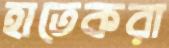
হাতেকরা